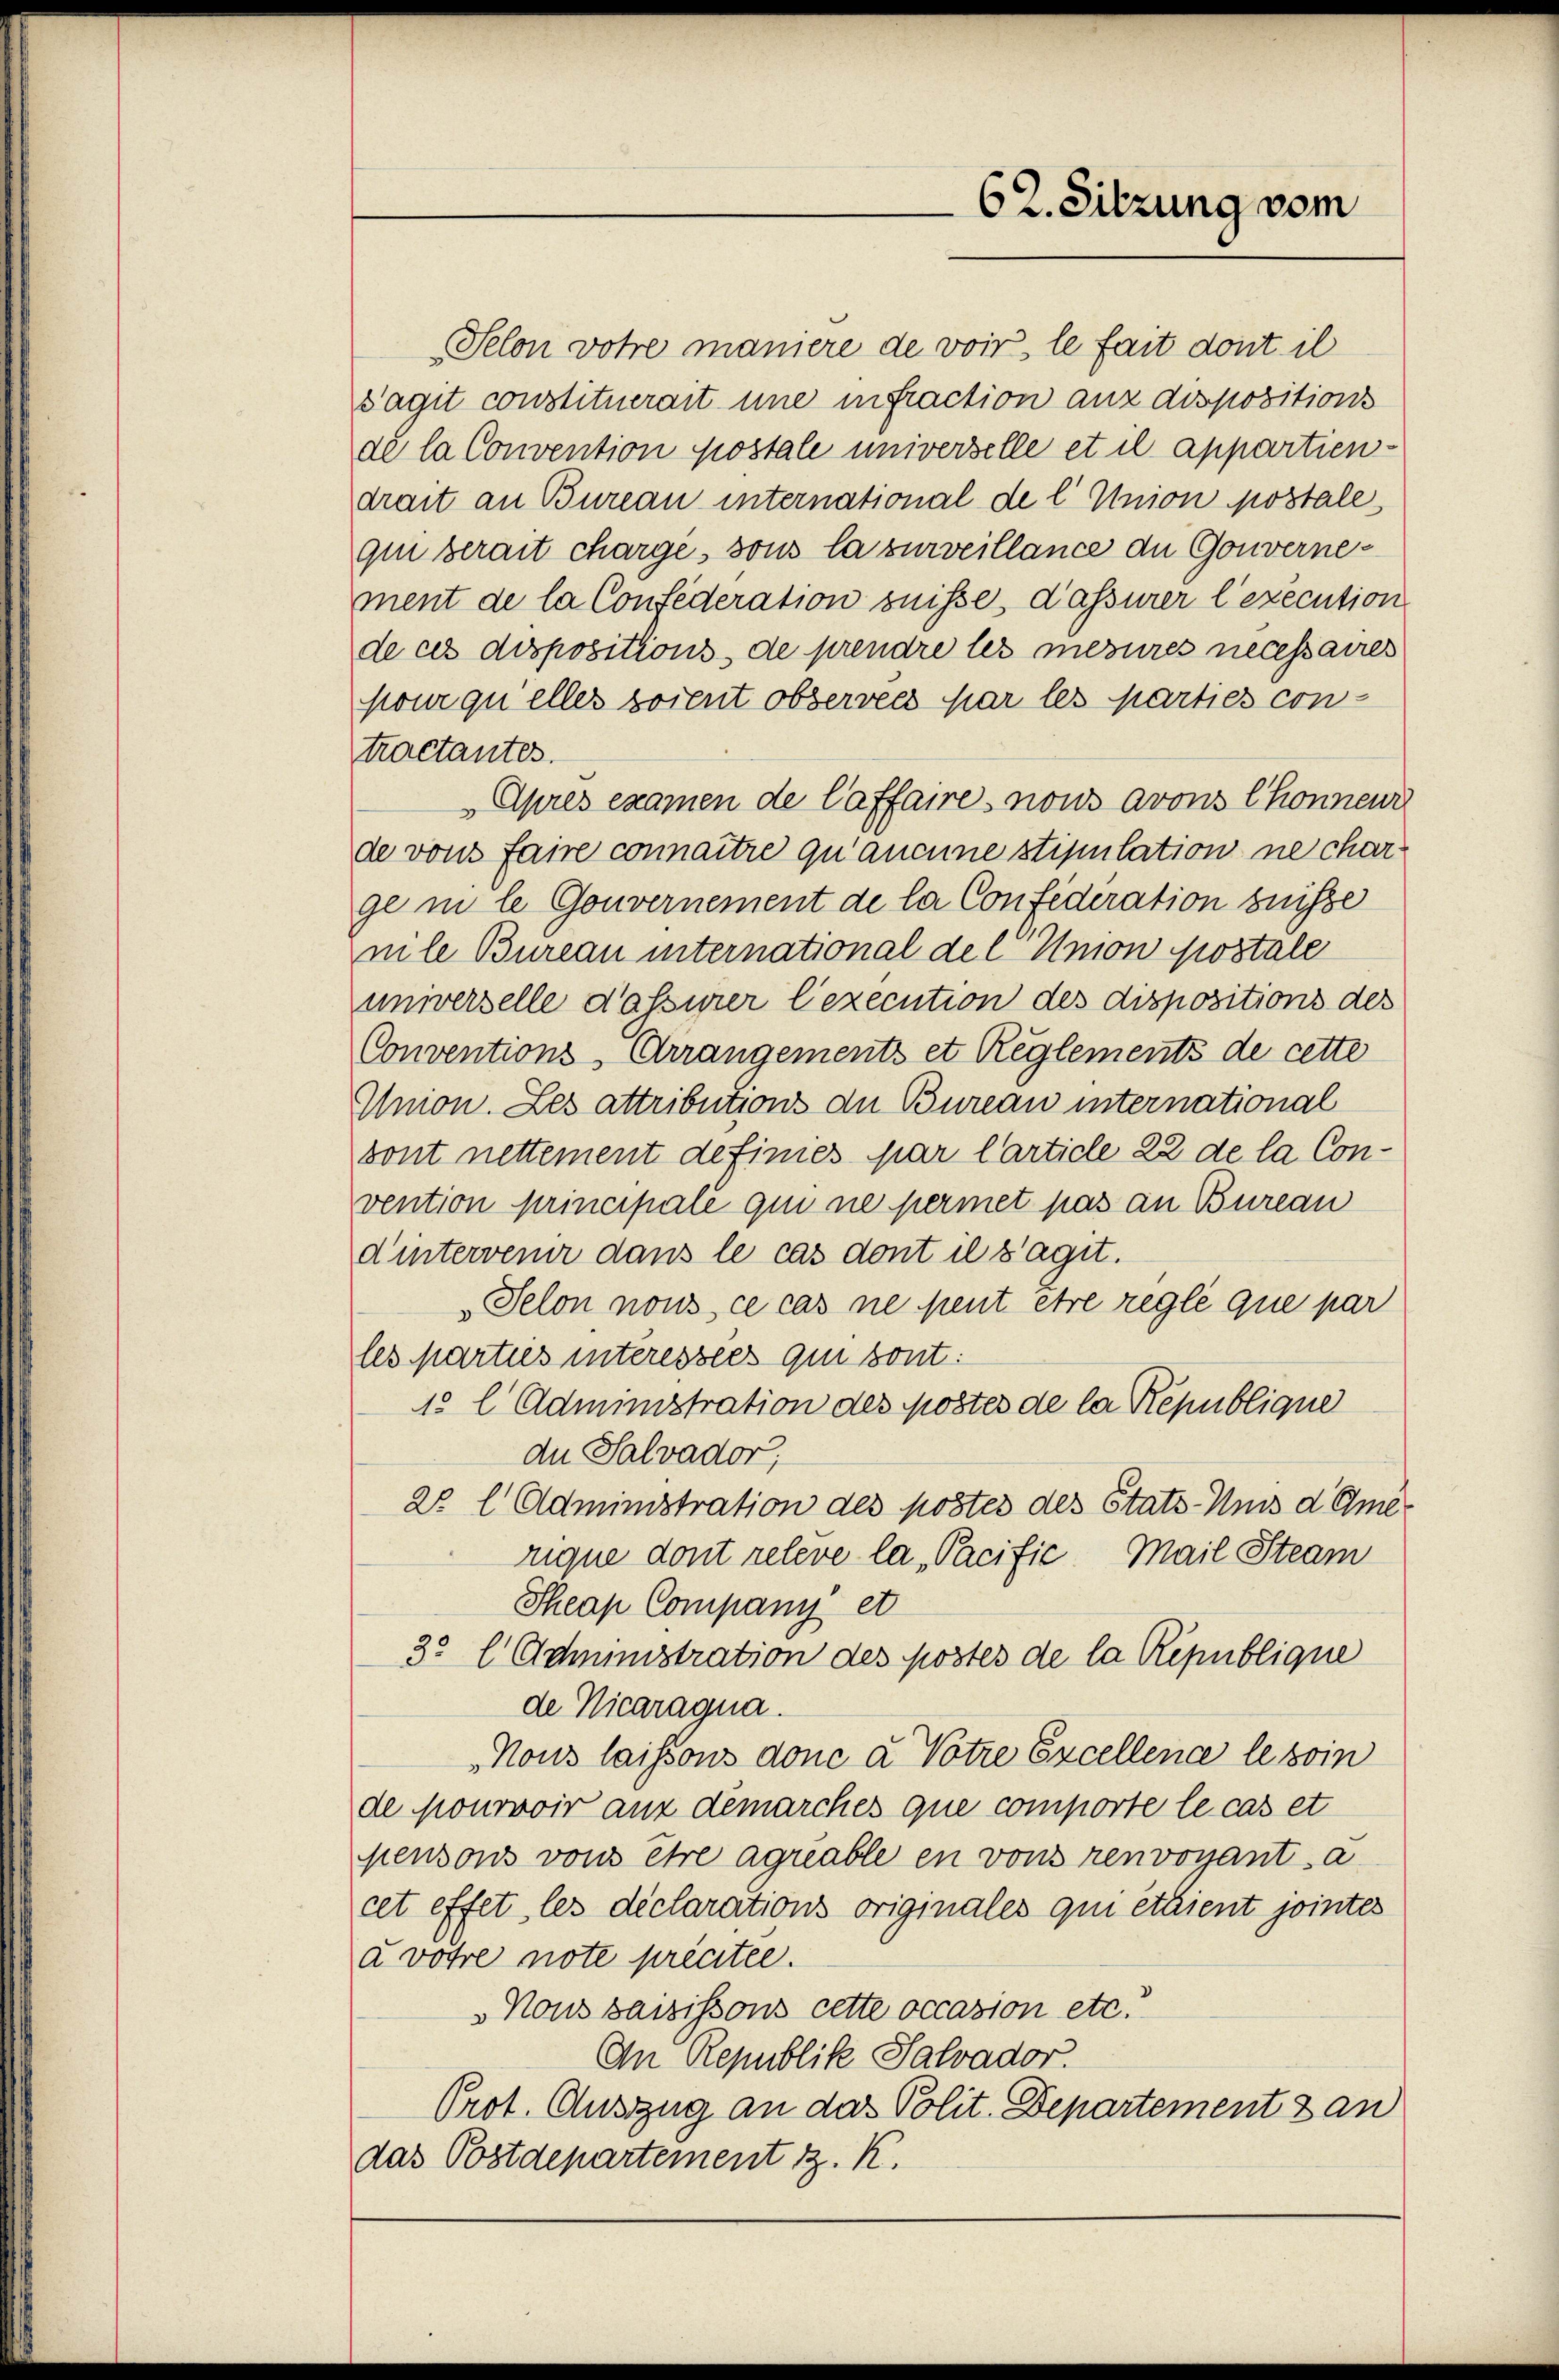
62. Sitzung vom

Selon votre manière de voir, le fait dont il
Sagit constituerait une infraction anz dispositions
de la Convention postale universelle et il appartiendrait an Bureau international de l. Union postale
qui serait charge, sous la surveillance de Gouvernement de la Confederation suisse d’assurer l’exécution
de ces dispositions, de prendre les mesures necessaires
pour quelles soient observées par les parties con-
tractantes.
„Après examen de laffaires nous avons Chonneur
de von faire connaître qu’aucune stipulation ne charge in le Gouvernement de la Confederation puisse
mle Bureau international de l Union postale
universelle d’assurer lexecution des dispositions des
Conventions-Arrangements et Reglements de cette
Union. Les attributions der Bureau international
sont nettement definies par l’article 22 de la Convention principale qui ne permet pas an Bureau
dintervenir dans le cas dont il s’agit.
Selon nous ce cas ne peut être réglé que par
les parties interessées qui sont:
10 l Administration des Mostes de la République
du Salvador,
22 l Administration des pöstes des Stats-Aus d. Omerique dont releve la Pacific. Mail Steam
Theap Company et
3. l Administration des postes de la République
de Vicaragua.
Nous laissous donc a Votre Excellence le soin
de Mourvoir aus demarches que comporte le cas et
pensons von Ehre agriable en vons renvoyant a
cet effet les déclarations originales qui étaient jointes
a votre note précitée.
Nous saisissons cette occasion etc.
An Republik Salvador.
Prot. Auszug an das Polit. Departement san
das Postdepartement z. K.